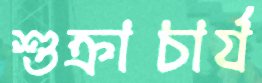
শুক্রাচার্য